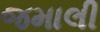
જમાલી